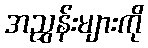
အညွှန်းများကို